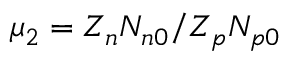
\mu _ { 2 } = Z _ { n } N _ { n 0 } / Z _ { p } N _ { p 0 }